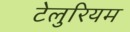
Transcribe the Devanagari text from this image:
टेलुरियम